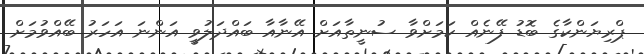
ޕްރިޔަންކާގެ ބޮޑު ފޭނެއް ކަމަށްވާ ސުނީތާއަށް އޭނާއާ ބައްދަލުވީ އަންނަ އަހަރު ބޭއްވުމަށް